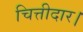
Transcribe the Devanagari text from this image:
चित्तीदार।